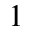
^ 1